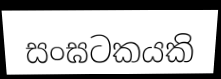
සංඝටකයකි